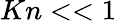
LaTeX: Kn<<1